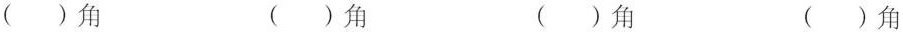
( )角 ( )角 ( )角 ( )角